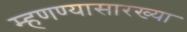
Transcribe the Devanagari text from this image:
म्हणण्यासारख्या